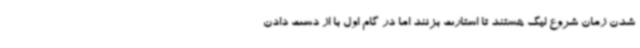
شدن زمان شروع لیگ هستند تا استارت بزنند اما در گام اول با از دست دادن